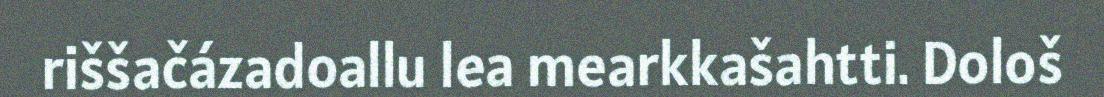
riššačázadoallu lea mearkkašahtti. Dološ